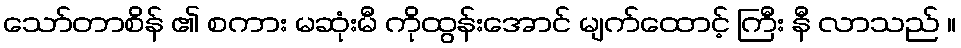
သော်တာစိန် ၏ စကား မဆုံးမီ ကိုထွန်းအောင် မျက်ထောင့် ကြီး နီ လာသည် ။